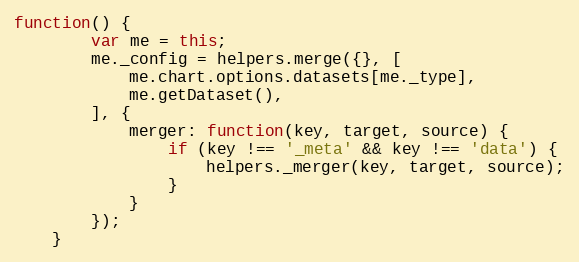
Language: JavaScript
function() {
		var me = this;
		me._config = helpers.merge({}, [
			me.chart.options.datasets[me._type],
			me.getDataset(),
		], {
			merger: function(key, target, source) {
				if (key !== '_meta' && key !== 'data') {
					helpers._merger(key, target, source);
				}
			}
		});
	}